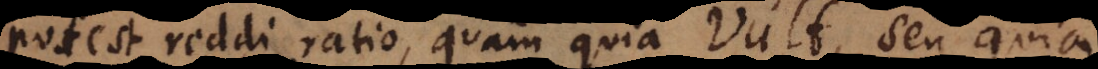
potest reddi ratio, quam quia vult, seu quia